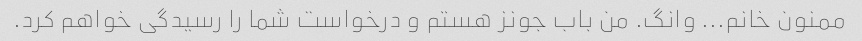
ممنون خانم... وانگ. من باب جونز هستم و درخواست شما را رسیدگی خواهم کرد.